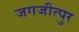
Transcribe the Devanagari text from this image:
जगजीत्पुर